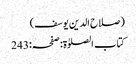
(صلاح الدین یوسف)
کتاب الصلوٰۃ:صفحہ:243